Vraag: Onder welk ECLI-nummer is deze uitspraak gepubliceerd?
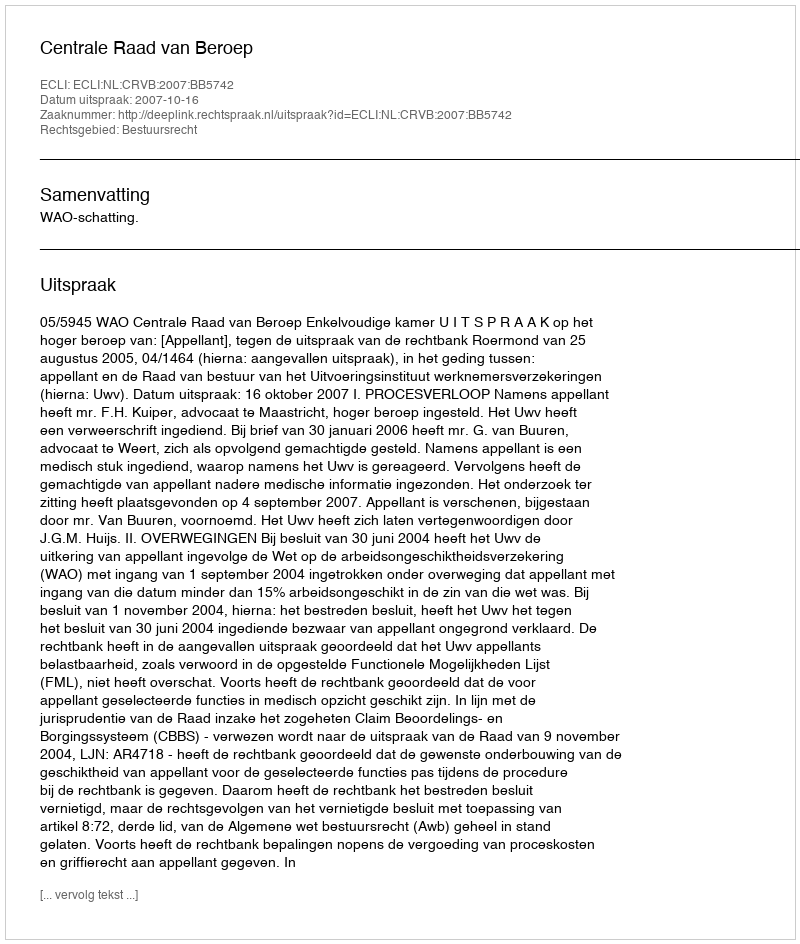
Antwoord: ECLI:NL:CRVB:2007:BB5742